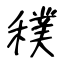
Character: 穙